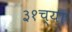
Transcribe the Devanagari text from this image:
३१च्या